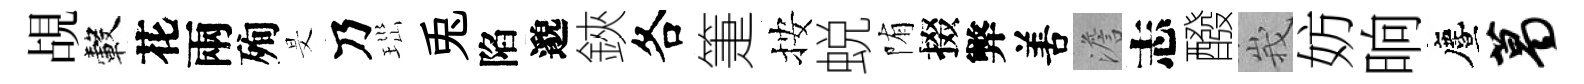
覘轂花兩殉旻乃𤤼兎陷邈鋏各箑按蜕陏掇弊𠵊澹志醱峩妨晌󵨌葛